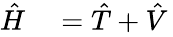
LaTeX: {\begin{array}{rl}{{\hat{H}}}&{{}={\hat{T}}+{\hat{V}}}\end{array}}\,